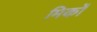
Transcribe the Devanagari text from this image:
मिकों